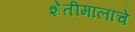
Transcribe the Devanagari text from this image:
शेतीमालाचे